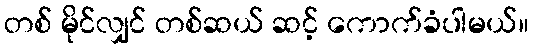
တစ် မိုင်လျှင် တစ်ဆယ် ဆင့် ကောက်ခံပါမယ်။